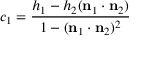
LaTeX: c _ { 1 } = { \frac { h _ { 1 } - h _ { 2 } ( \mathbf { n } _ { 1 } \cdot \mathbf { n } _ { 2 } ) } { 1 - ( \mathbf { n } _ { 1 } \cdot \mathbf { n } _ { 2 } ) ^ { 2 } } }